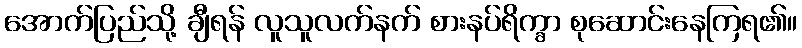
အောက်ပြည်သို့ ချီရန် လူသူလက်နက် စားနပ်ရိက္ခာ စုဆောင်းနေကြရ၏။